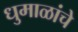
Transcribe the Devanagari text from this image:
धुमाळांचे